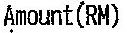
AMOUNT(RM)